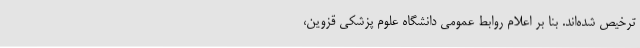
ترخیص شده‌اند. بنا بر اعلام روابط عمومی دانشگاه علوم پزشکی قزوین،